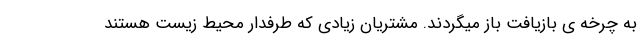
به چرخه ی بازیافت باز میگردند. مشتریان زیادی که طرفدار محیط زیست هستند